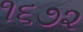
૧૬૭૨